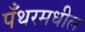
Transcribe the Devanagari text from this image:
पँथरमधील